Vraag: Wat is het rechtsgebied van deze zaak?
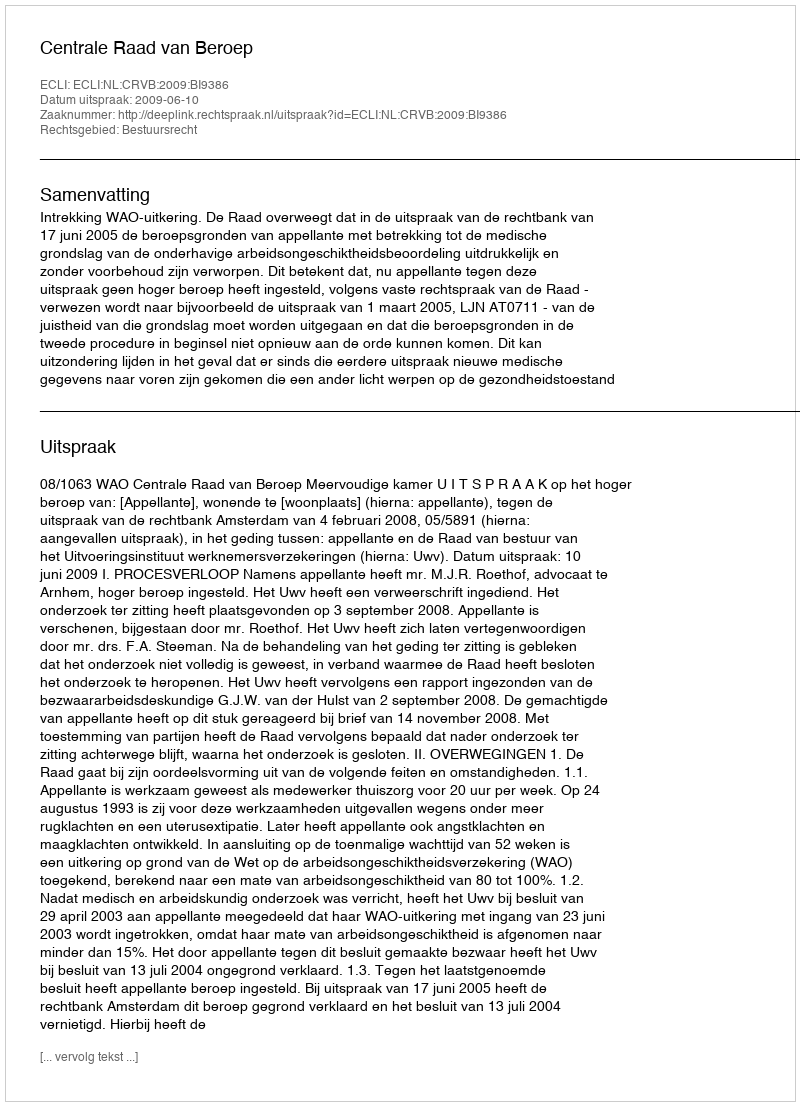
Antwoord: Bestuursrecht